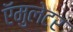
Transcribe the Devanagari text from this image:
ऍमुलेटर